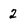
Character: 2